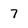
Character: 7